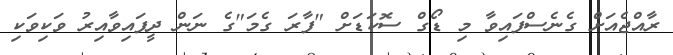
ރާއްޖެއަށް ގެނެސްފައިވާ މި ޑޯގް ސޮކަޑަށް "ފާރަ ގެމަ"ގެ ނަން ދީފައިވާއިރު ވަކިވަކި